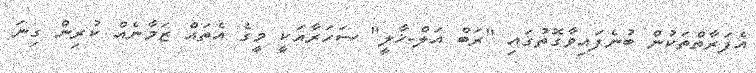
އެފަރާތްތަކުން ބުނެފައިވާގޮތުގައި "ރަބް އަލް-ޚާލީ" ސަހަރާއަކީ މީގެ އެތައް ޒަމާނެއް ކުރިން ގިނަ